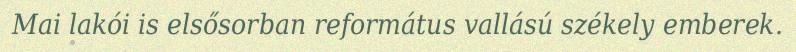
Mai lakói is elsősorban református vallású székely emberek.